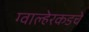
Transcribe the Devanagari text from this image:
ग्वाल्हेरकडचे